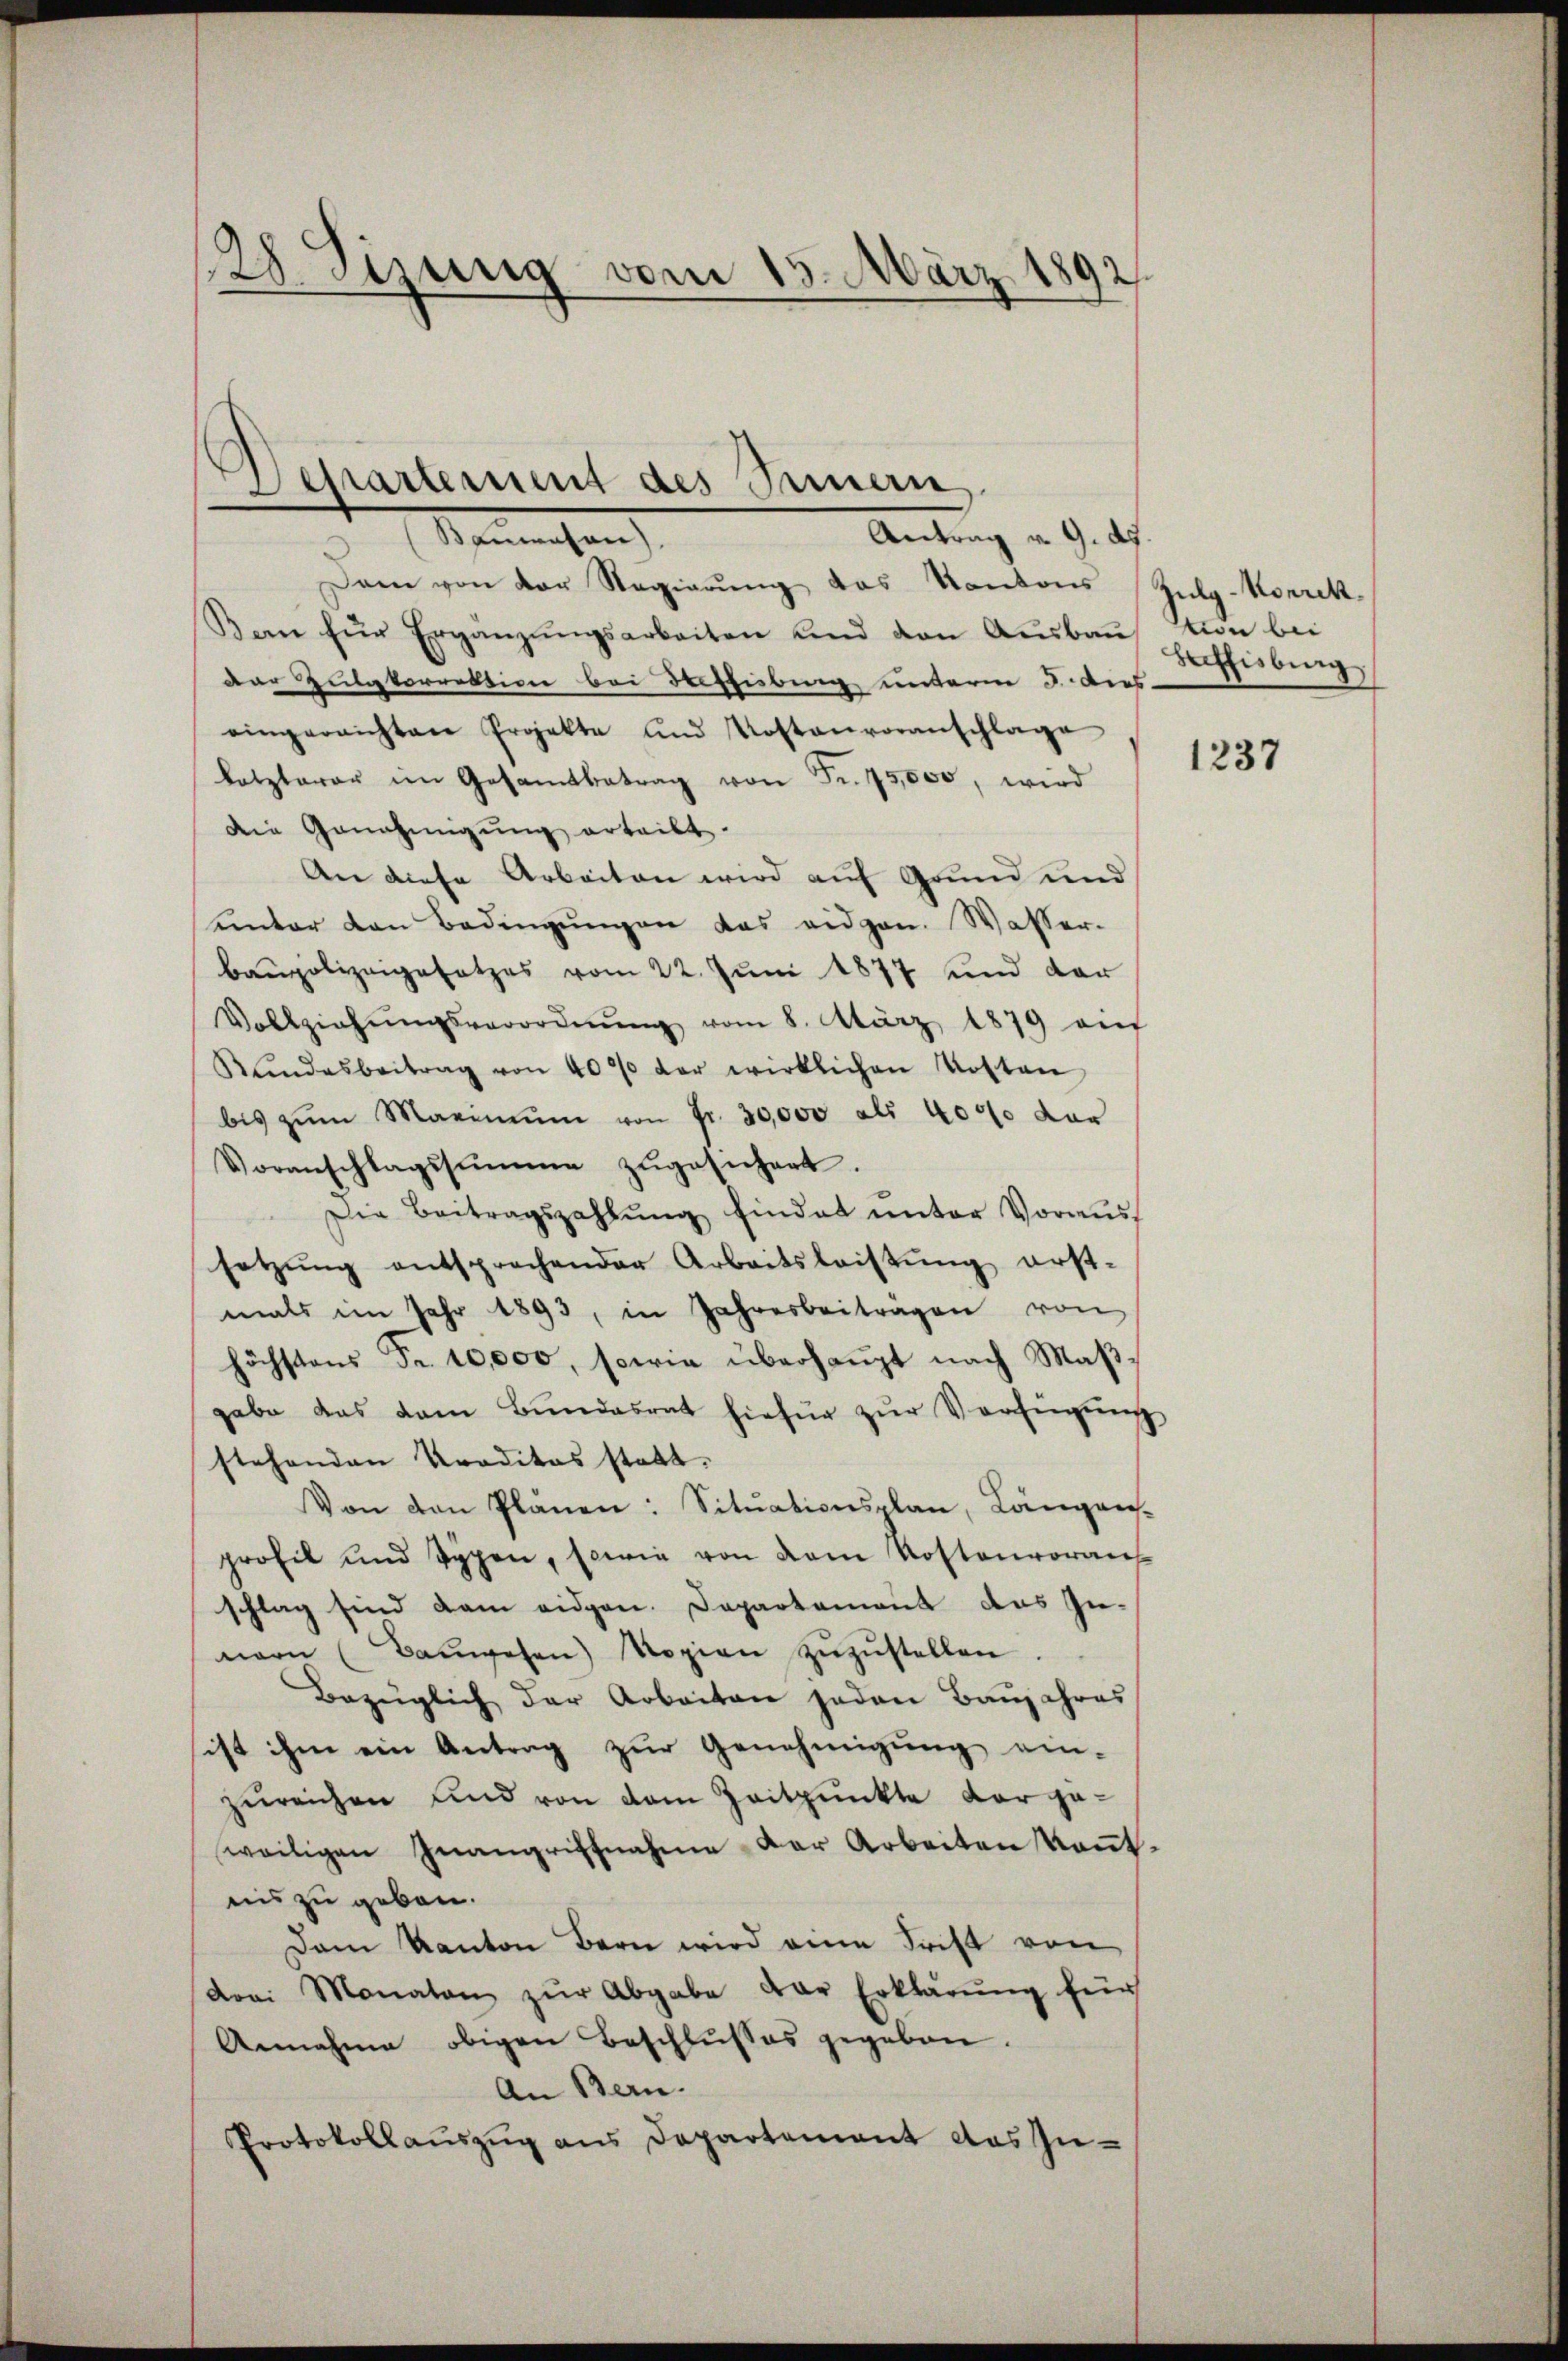
(28. Sizung vom 13. März 1892

Departement des Innern
Namenten
Antrag v. 9. ds.

Dann von der Regierung das Kantons Zulg-Korrek¬
Bern für Ergänzŭngsarbeiten und den Aŭsbaŭ von bei
Dar Zulgkorrektion bei Dreshiebung unterm 3. Dies
eingereichten Projekte und Kostenvoranschlage
letzterer im Gesamtbetrag von Fr. 75,000, wird
Die Genehmigŭng erteilt.
An diese Arbeiten wird auf Grund und
unter den Bedingŭngen das eidgen. Wasser-
baupolizeigesetzes vom 22. Juni 1877 und dar
Vollziehŭngsverordnŭng vom 8. März 1879 auf
Kindesbeitrag von 40% der wirklichen Kosten
bis zŭm Maximŭm von Fr. 30,000 als 4000 der
Voranschlagssumme zŭgesichert.
Die Beitragszahlŭng findet unter Voraussetzŭng entsprechender Arbeitsleistung erst-
mals im Jahr 1893, in Jahresbeiträgen von
höchstens Fr. 10,000, sowie überhaupt nach Maßgabe das dem Bŭndesrat hiefür zŭr Verfügŭng
stehenden Traditas statt.
Von den Plänen: Situationsplan, Längen-
profit und Typen, sowie von dem Kostenvoraus
schlag sind dam eidgen. Departement das In-
nern (Baŭwesen) Kopien zŭzŭstellen.
Bezüglich der Arbeiten jeden Baŭjahres
sist ihm ein Antrag zur Genehmigung ein-
zureichen und von dem Zeitpunkte dargeweiligen Inangriffnahme der Arbeiten Kont-
nis zu geben.
Dem Kanton Bern wird eine Frist von
Drei Monaten zŭr Abgabe der Erklärŭng für
Annahme obigen Beschlusses gegeben.
An Bern.
Protokollauszug aus Departement das Zu¬

Suffisburg

1237